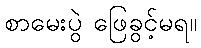
စာမေးပွဲ ဖြေခွင့်မရ။